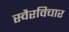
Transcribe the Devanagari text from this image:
स्वैरविचार